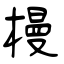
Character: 槾